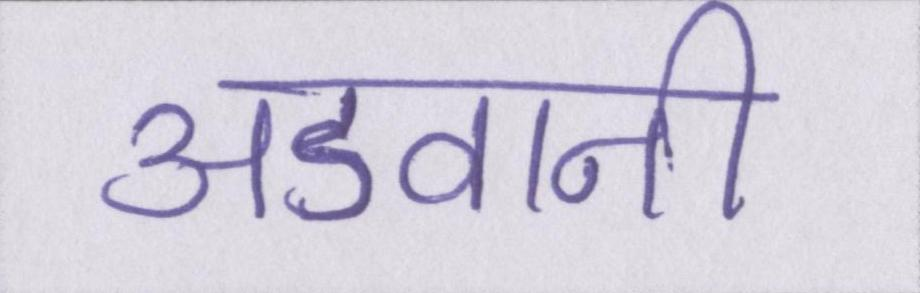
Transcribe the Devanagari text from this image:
अडवानी